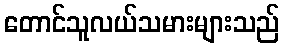
တောင်သူလယ်သမားများသည်